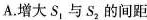
A.增大S_{1}与S_{2}的间距